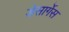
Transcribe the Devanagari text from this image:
डेसार्गेस